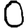
Digit: 0